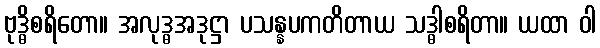
ဗုဒ္ဓိစရိတော။ အလုဒ္ဓအဒုဋ္ဌာ ပသန္နပကတိတာယ သဒ္ဓါစရိတာ။ ယထာ ဝါ